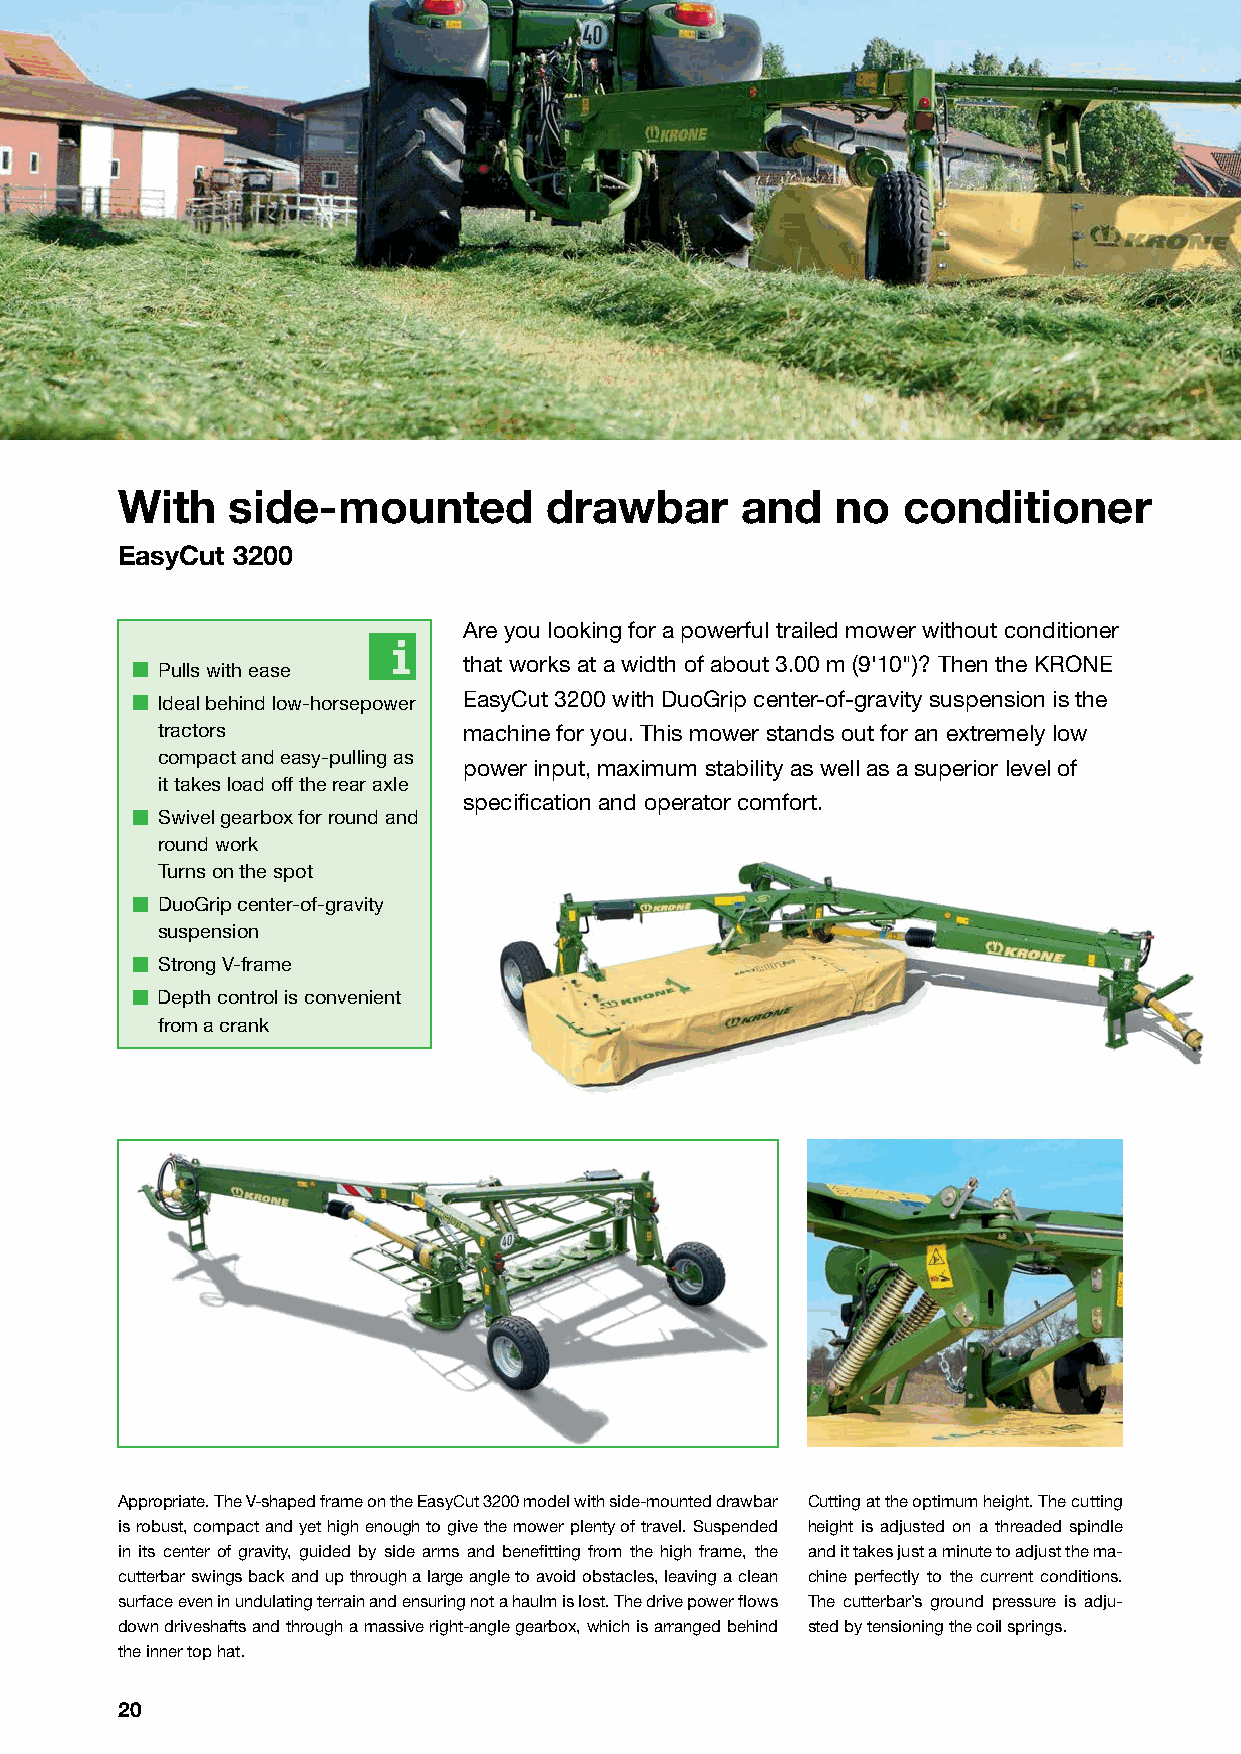
With   side-mounted         drawbar      and   no   conditioner
 EasyCut 3200
 Are you looking for a powerful trailed mower without conditioner
 that works at a width of about 3.00 m (9'10")? Then the KRONE
 Pulls with ease
 Ideal behind low-horsepower EasyCut 3200 with DuoGrip center-of-gravity suspension is the
 tractors            machine for you. This mower stands out for an extremely low
 compact and easy-pulling as
 power input, maximum stability as well as a superior level of
 it takes load off the rear axle
 specification and operator comfort.
 Swivel gearbox for round and
 round work
 Turns on the spot
 DuoGrip center-of-gravity
 suspension
 Strong V-frame
 Depth control is convenient
 from a crank
 Appropriate. The V-shaped frame on the EasyCut 3200 model with side-mounted drawbar Cutting at the optimum height. The cutting
 is robust, compact and yet high enough to give the mower plenty of travel. Suspended height is adjusted on a threaded spindle
 in its center of gravity, guided by side arms and benefitting from the high frame, the and it takes just a minute to adjust the ma-
 cutterbar swings back and up through a large angle to avoid obstacles, leaving a clean chine perfectly to the current conditions.
 surface even in undulating terrain and ensuring not a haulm is lost. The drive power flows The cutterbar’s ground pressure is adju-
 down driveshafts and through a massive right-angle gearbox, which is arranged behind sted by tensioning the coil springs.
 the inner top hat.
 20